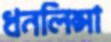
ধনলিপ্সা